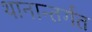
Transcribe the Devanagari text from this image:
थानान्तर्गत